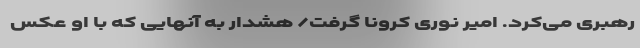
رهبری می‌کرد. امیر نوری کرونا گرفت/ هشدار به آنهایی که با او عکس